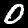
Digit: 0